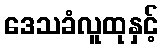
ဒေသခံလူထုနှင့်